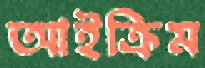
আইক্রিম